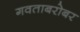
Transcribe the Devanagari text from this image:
गवताबरोबर